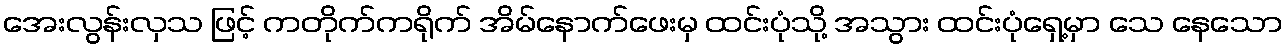
အေးလွန်းလှသ ဖြင့် ကတိုက်ကရိုက် အိမ်နောက်ဖေးမှ ထင်းပုံသို့ အသွား ထင်းပုံရှေ့မှာ သေ နေသော